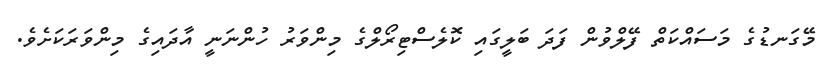
މޭގަނޑުގެ މަސައްކަތް ފޭލްވުން ފަދަ ބަލީގައި ކޮލެސްޓިރޯލްގެ މިންވަރު ހުންނަނީ އާދައިގެ މިންވަރަކަށެވެ.